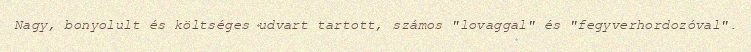
Nagy, bonyolult és költséges udvart tartott, számos "lovaggal" és "fegyverhordozóval".